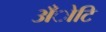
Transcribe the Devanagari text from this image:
अँोटि